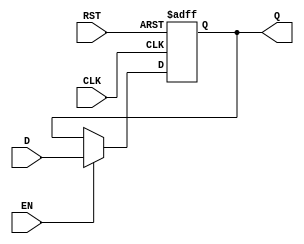
module DataRegister #(
    parameter WIDTH = 8  // Parameter to define the width of the register (default is 8 bits)
)(
    input wire [WIDTH-1:0] D,    // Data input
    input wire CLK,               // Clock input
    input wire RST,               // Asynchronous reset input
    input wire EN,                // Enable signal (optional)
    output reg [WIDTH-1:0] Q      // Data output
);

    // Always block triggered on the rising edge of the clock or the asynchronous reset
    always @(posedge CLK or posedge RST) begin
        if (RST) begin
            Q <= {WIDTH{1'b0}};     // Clear the register (set to zero)
        end else if (EN) begin
            Q <= D;                 // Capture the input data on clock edge if enabled
        end
    end

endmodule